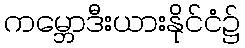
ကမ္ဘောဒီးယားနိုင်ငံ၌